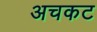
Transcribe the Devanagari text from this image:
अचकट